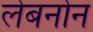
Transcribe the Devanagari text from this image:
लेबनोन